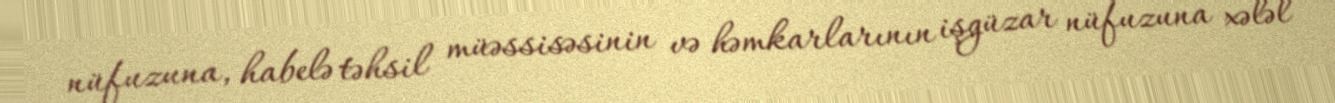
nüfuzuna, habelə təhsil müəssisəsinin və həmkarlarının işgüzar nüfuzuna xələl